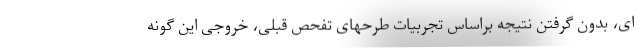
ای، بدون گرفتن نتیجه براساس تجربیات طرحهای تفحص قبلی، خروجی این گونه